Triennial report on the lunatic asylums in the province of Eastern Bengal and Assam - 1903-1911
Year: 1903
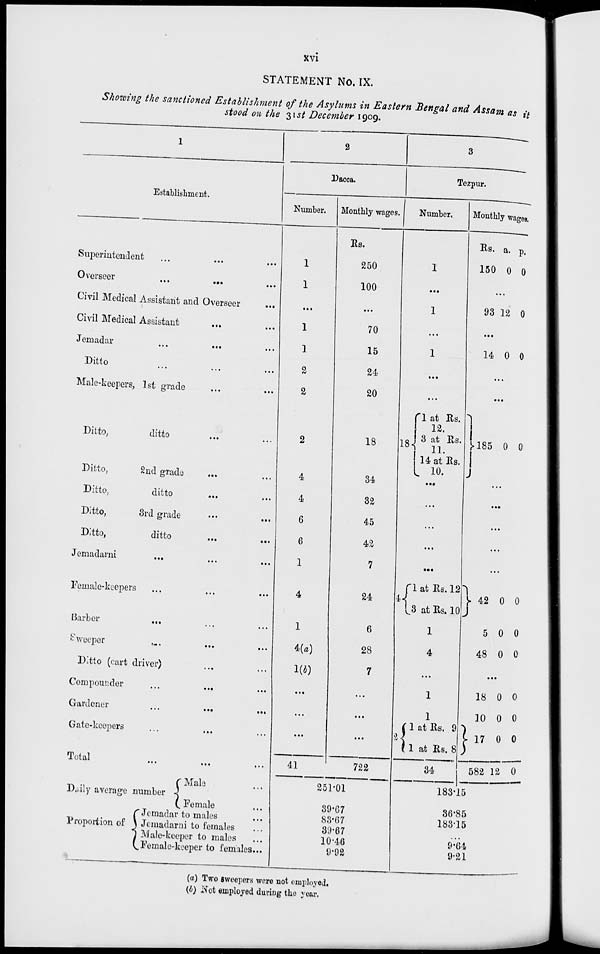
xvi
STATEMENT No. IX.
Showing the sanctioned Establishment of the Asylums in Eastern Bengal and Assam as it
stood on the 31st December 1909.
1
Establishment.
Superintendent
...
...
...
Overseer...
...
...
Civil Medical Assistant and Overseer
...
Civil Medical Assistant
...
...
Jemadar
...
...
...
Ditto
...
... ...
Male-keepers, 1st grade
...
...
Ditto,
ditto
...
...
Ditto,
2nd grade
...
...
Ditto,
ditto
...
...
Ditto,
3rd grade
...
...
Ditto,
ditto
...
...
Jemadarni
...
...
...
Female-keepers
...
...
...
Barber
...
... ...
Sweeper
...
...
...
Ditto (cart driver)
...
...
Compounder
...
...
...
Gardener
...
...
Gate-keepers
...
...
Total
...
...
...
Daily average number
Proportion of
Male ...
Female ...
Jemadar to males ...
Jemadarni to females ...
Male-keeper to males ...
Female-keeper to females ...
2
Dacca.
Number.
1
1
...
1
1
2
2
2
4
4
6
6
1
4
1
4(a)
1(b)
...
...
...
41
Monthly wages.
Rs.
250
100
...
70
15
24
20
18
34
32
45
42
7
24
6
28
7
...
...
...
722
251.01
39.67
83.67
39.67
10.46
9.92
3
Tezpur.
Number.
1
...
1
...
1
...
...
18
1at Rs.
12.
3 at Rs.
11.
14 at Rs.
10.
...
...
...
...
...
4
1 at Rs. 12
3 at Rs. 10
1
4
...
1
1
2
1 at Rs. 9
1 at Rs. 8
34
Monthly wages.
Rs.
150
a.
0
p.
0
...
93 12 0
...
14 0 0
...
...
185 0
0
...
...
...
...
...
42
5
48
0
0
0
0
0
0
...
18
10
17
582
0
0
0
12
0
0
0
0
183.15
86.85
183.15
...
9.64
9.21
(a) Two sweepers were not employed.
(b) Not employed during the year.